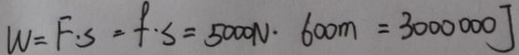
W = F \cdot S = f \cdot S = 5 0 0 0 N \cdot 6 0 0 m = 3 0 0 0 0 0 0 J